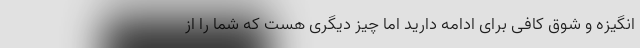
انگیزه و شوق کافی برای ادامه دارید اما چیز دیگری هست که شما را از